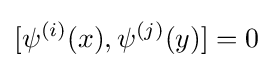
[\psi ^{(i)}(x),\psi ^{(j)}(y)]=0